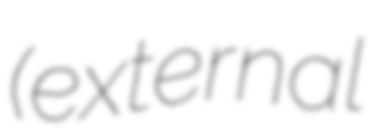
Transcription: (external